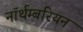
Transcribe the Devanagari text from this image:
नॉर्थम्बरियन